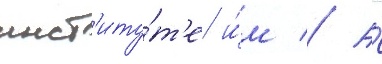
инст'иту́т'е и́м // А́